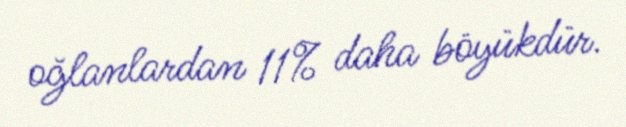
oğlanlardan 11% daha böyükdür.